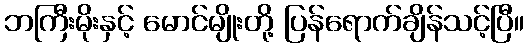
ဘကြီးမိုးနှင့် မောင်မျိုးတို့ ပြန်ရောက်ချိန်သင့်ပြီ။